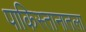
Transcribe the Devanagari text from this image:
पाकिस्तानातला